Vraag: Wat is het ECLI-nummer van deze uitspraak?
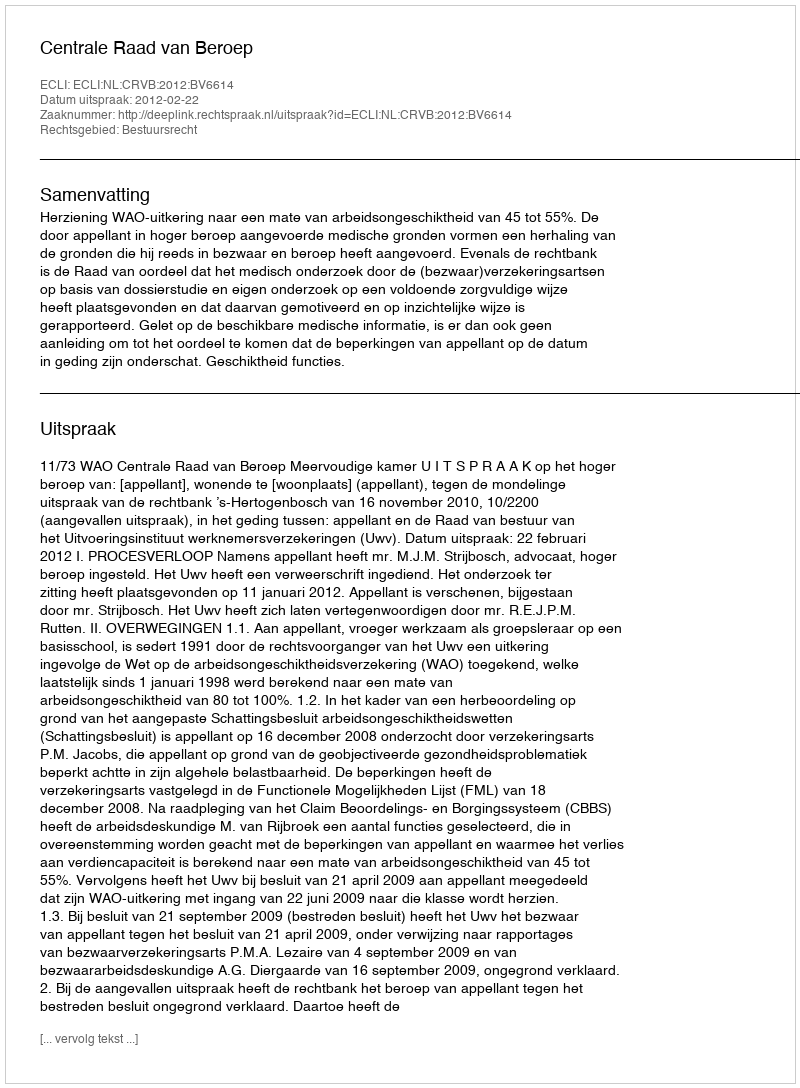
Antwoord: ECLI:NL:CRVB:2012:BV6614